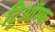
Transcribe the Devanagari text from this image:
ट्रिऑम्फ़